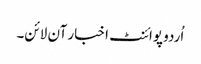
اُردو پوائنٹ اخبار آن لائن۔